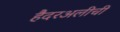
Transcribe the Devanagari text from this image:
हैदरअलीची